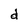
Character: d